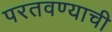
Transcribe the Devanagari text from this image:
परतवण्याची